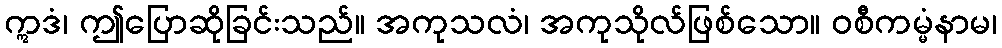
ဣဒံ၊ ဤပြောဆိုခြင်းသည်။ အကုသလံ၊ အကုသိုလ်ဖြစ်သော။ ဝစီကမ္မံနာမ၊